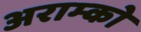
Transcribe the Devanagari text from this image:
अराम्को